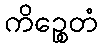
ကိဉ္စေတံ